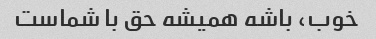
خوب، باشه همیشه حق با شماست